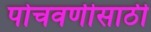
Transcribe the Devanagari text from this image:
पोचवणीसाठी